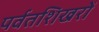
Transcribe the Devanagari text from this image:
पर्वतशिखरों